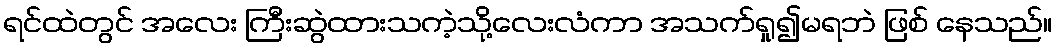
ရင်ထဲတွင် အလေး ကြီးဆွဲထားသကဲ့သို့လေးလံကာ အသက်ရှု၍မရဘဲ ဖြစ် နေသည်။